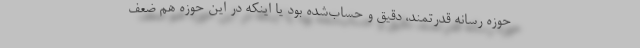
حوزه رسانه قدرتمند، دقیق و حساب‌شده بود یا اینکه در این حوزه هم ضعف